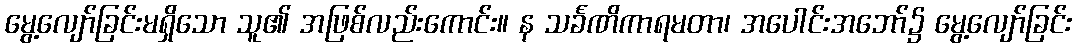
မွေ့လျော်ခြင်းမရှိသော သူ၏ အဖြစ်လည်းကောင်း။ န သင်္ခဏိကာရမတာ၊ အပေါင်းအဘော်၌ မွေ့လျော်ခြင်း